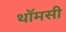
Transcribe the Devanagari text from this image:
थॉमसी